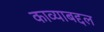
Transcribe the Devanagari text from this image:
काव्याबद्दल